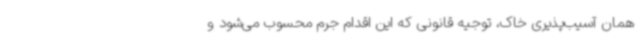
همان آسیب‌پذیری خاک، توجیه قانونی که این اقدام جرم محسوب می‌شود و